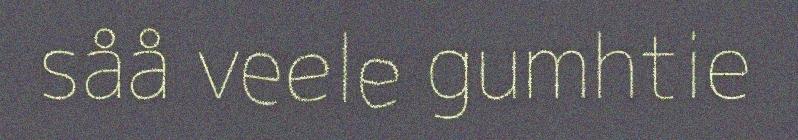
såå veele gumhtie